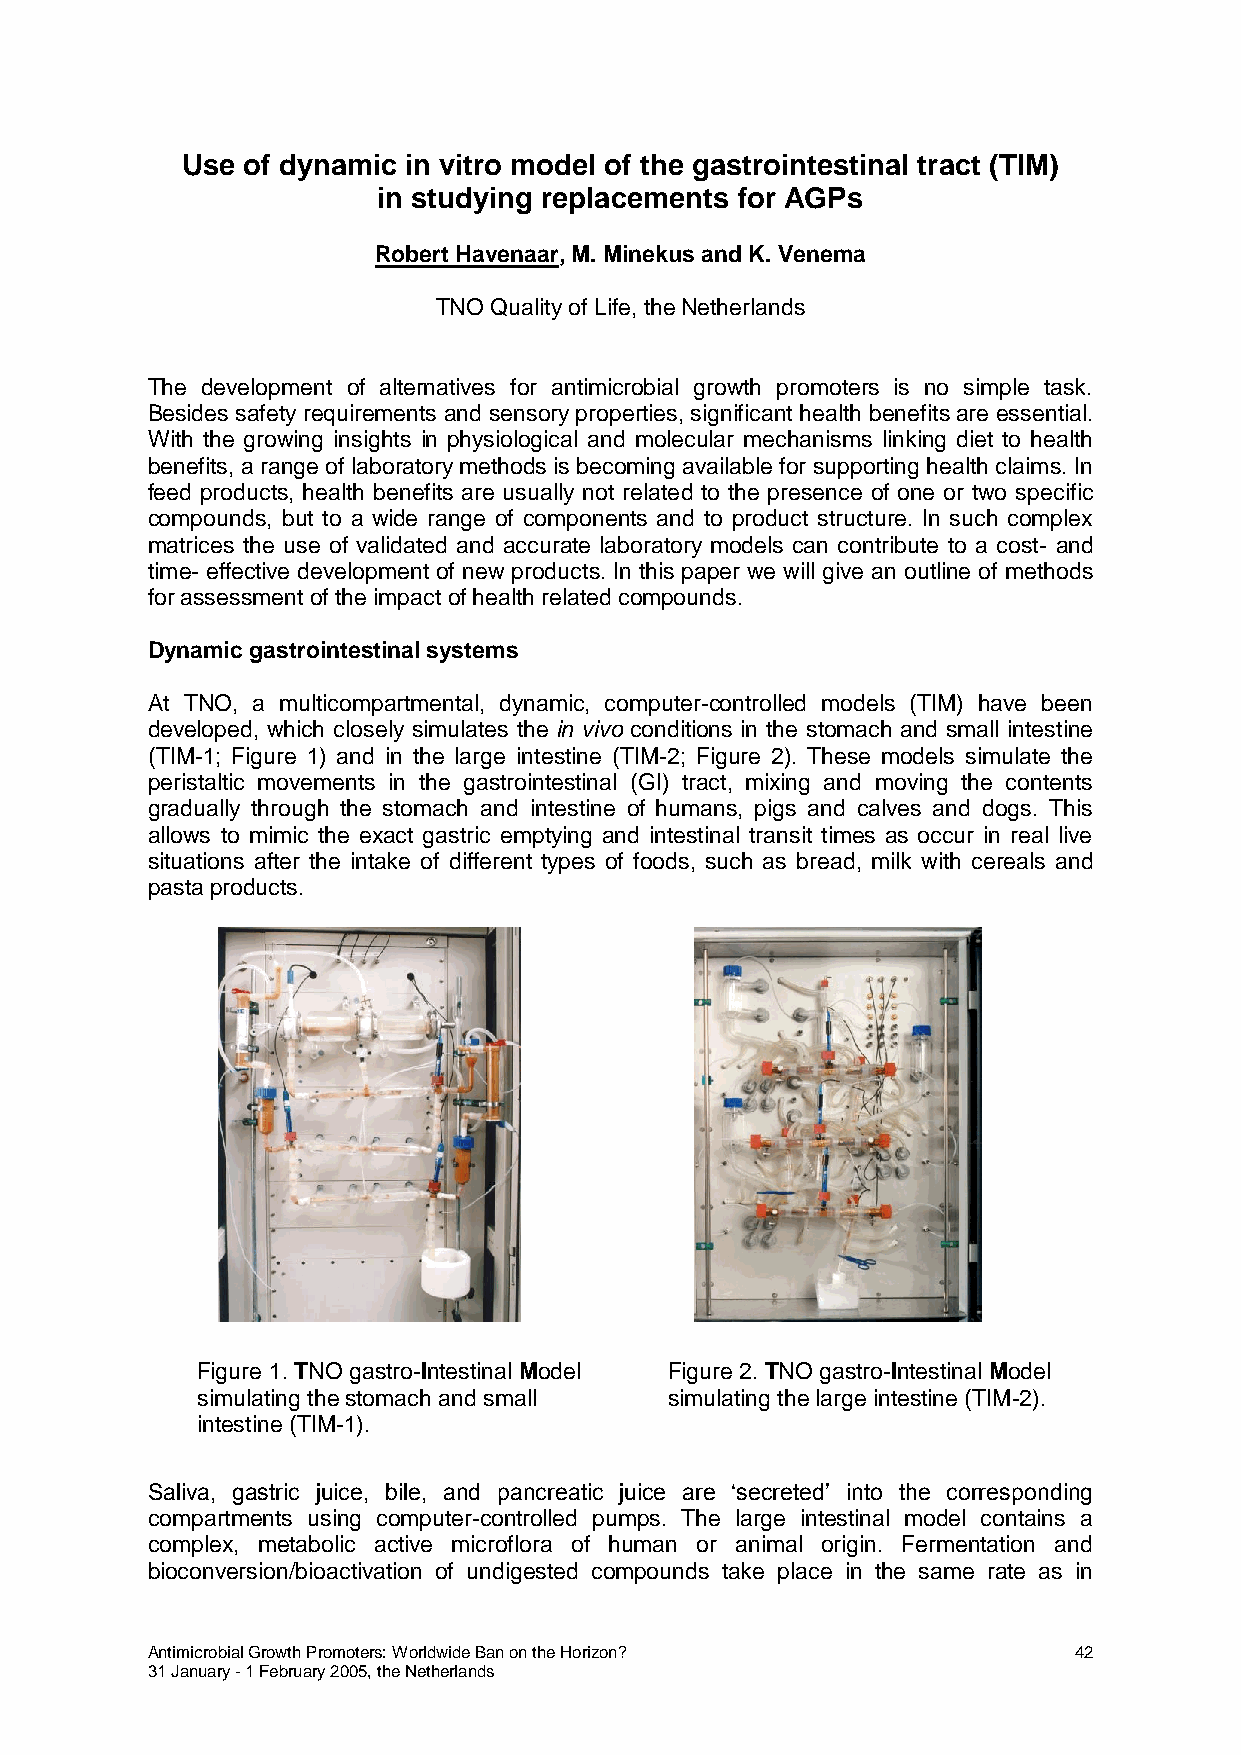
Use of dynamic in vitro model of the gastrointestinal tract (TIM)
 in studying replacements for AGPs
 Robert Havenaar, M. Minekus and K. Venema
 TNO Quality of Life, the Netherlands
 The development of alternatives for antimicrobial growth promoters is no simple task.
 Besides safety requirements and sensory properties, significant health benefits are essential.
 With the growing insights in physiological and molecular mechanisms linking diet to health
 benefits, a range of laboratory methods is becoming available for supporting health claims. In
 feed products, health benefits are usually not related to the presence of one or two specific
 compounds, but to a wide range of components and to product structure. In such complex
 matrices the use of validated and accurate laboratory models can contribute to a cost- and
 time- effective development of new products. In this paper we will give an outline of methods
 for assessment of the impact of health related compounds.
 Dynamic gastrointestinal systems
 At TNO, a multicompartmental, dynamic, computer-controlled models (TIM) have been
 developed, which closely simulates the in vivo conditions in the stomach and small intestine
 (TIM-1; Figure 1) and in the large intestine (TIM-2; Figure 2). These models simulate the
 peristaltic movements in the gastrointestinal (GI) tract, mixing and moving the contents
 gradually through the stomach and intestine of humans, pigs and calves and dogs. This
 allows to mimic the exact gastric emptying and intestinal transit times as occur in real live
 situations after the intake of different types of foods, such as bread, milk with cereals and
 pasta products.
 Figure 1. TNO gastro-Intestinal Model Figure 2. TNO gastro-Intestinal Model
 simulating the stomach and small simulating the large intestine (TIM-2).
 intestine (TIM-1).
 Saliva, gastric juice, bile, and pancreatic juice are ‘secreted’ into the corresponding
 compartments using computer-controlled pumps. The large intestinal model contains a
 complex, metabolic active microflora of human or animal origin. Fermentation and
 bioconversion/bioactivation of undigested compounds take place in the same rate as in
 Antimicrobial Growth Promoters: Worldwide Ban on the Horizon? 42
 31 January - 1 February 2005, the Netherlands